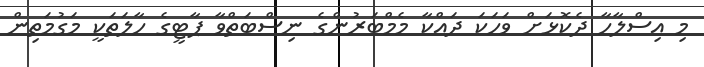
މި އިސްލާހާ ދެކޮޅަށް ވަހަކަ ދައްކާ މެމްބަރުންގެ ނިސްބަތްވާ ޕާޓީގެ ހާލަތަކީ މަގުމަތިން